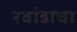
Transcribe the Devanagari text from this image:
रवांडाचा